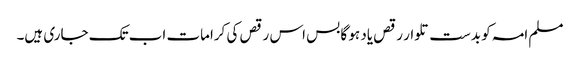
مسلم امہ کو بدست تلوار رقص یاد ہو گا بس اس رقص کی کرامات اب تک جاری ہیں۔